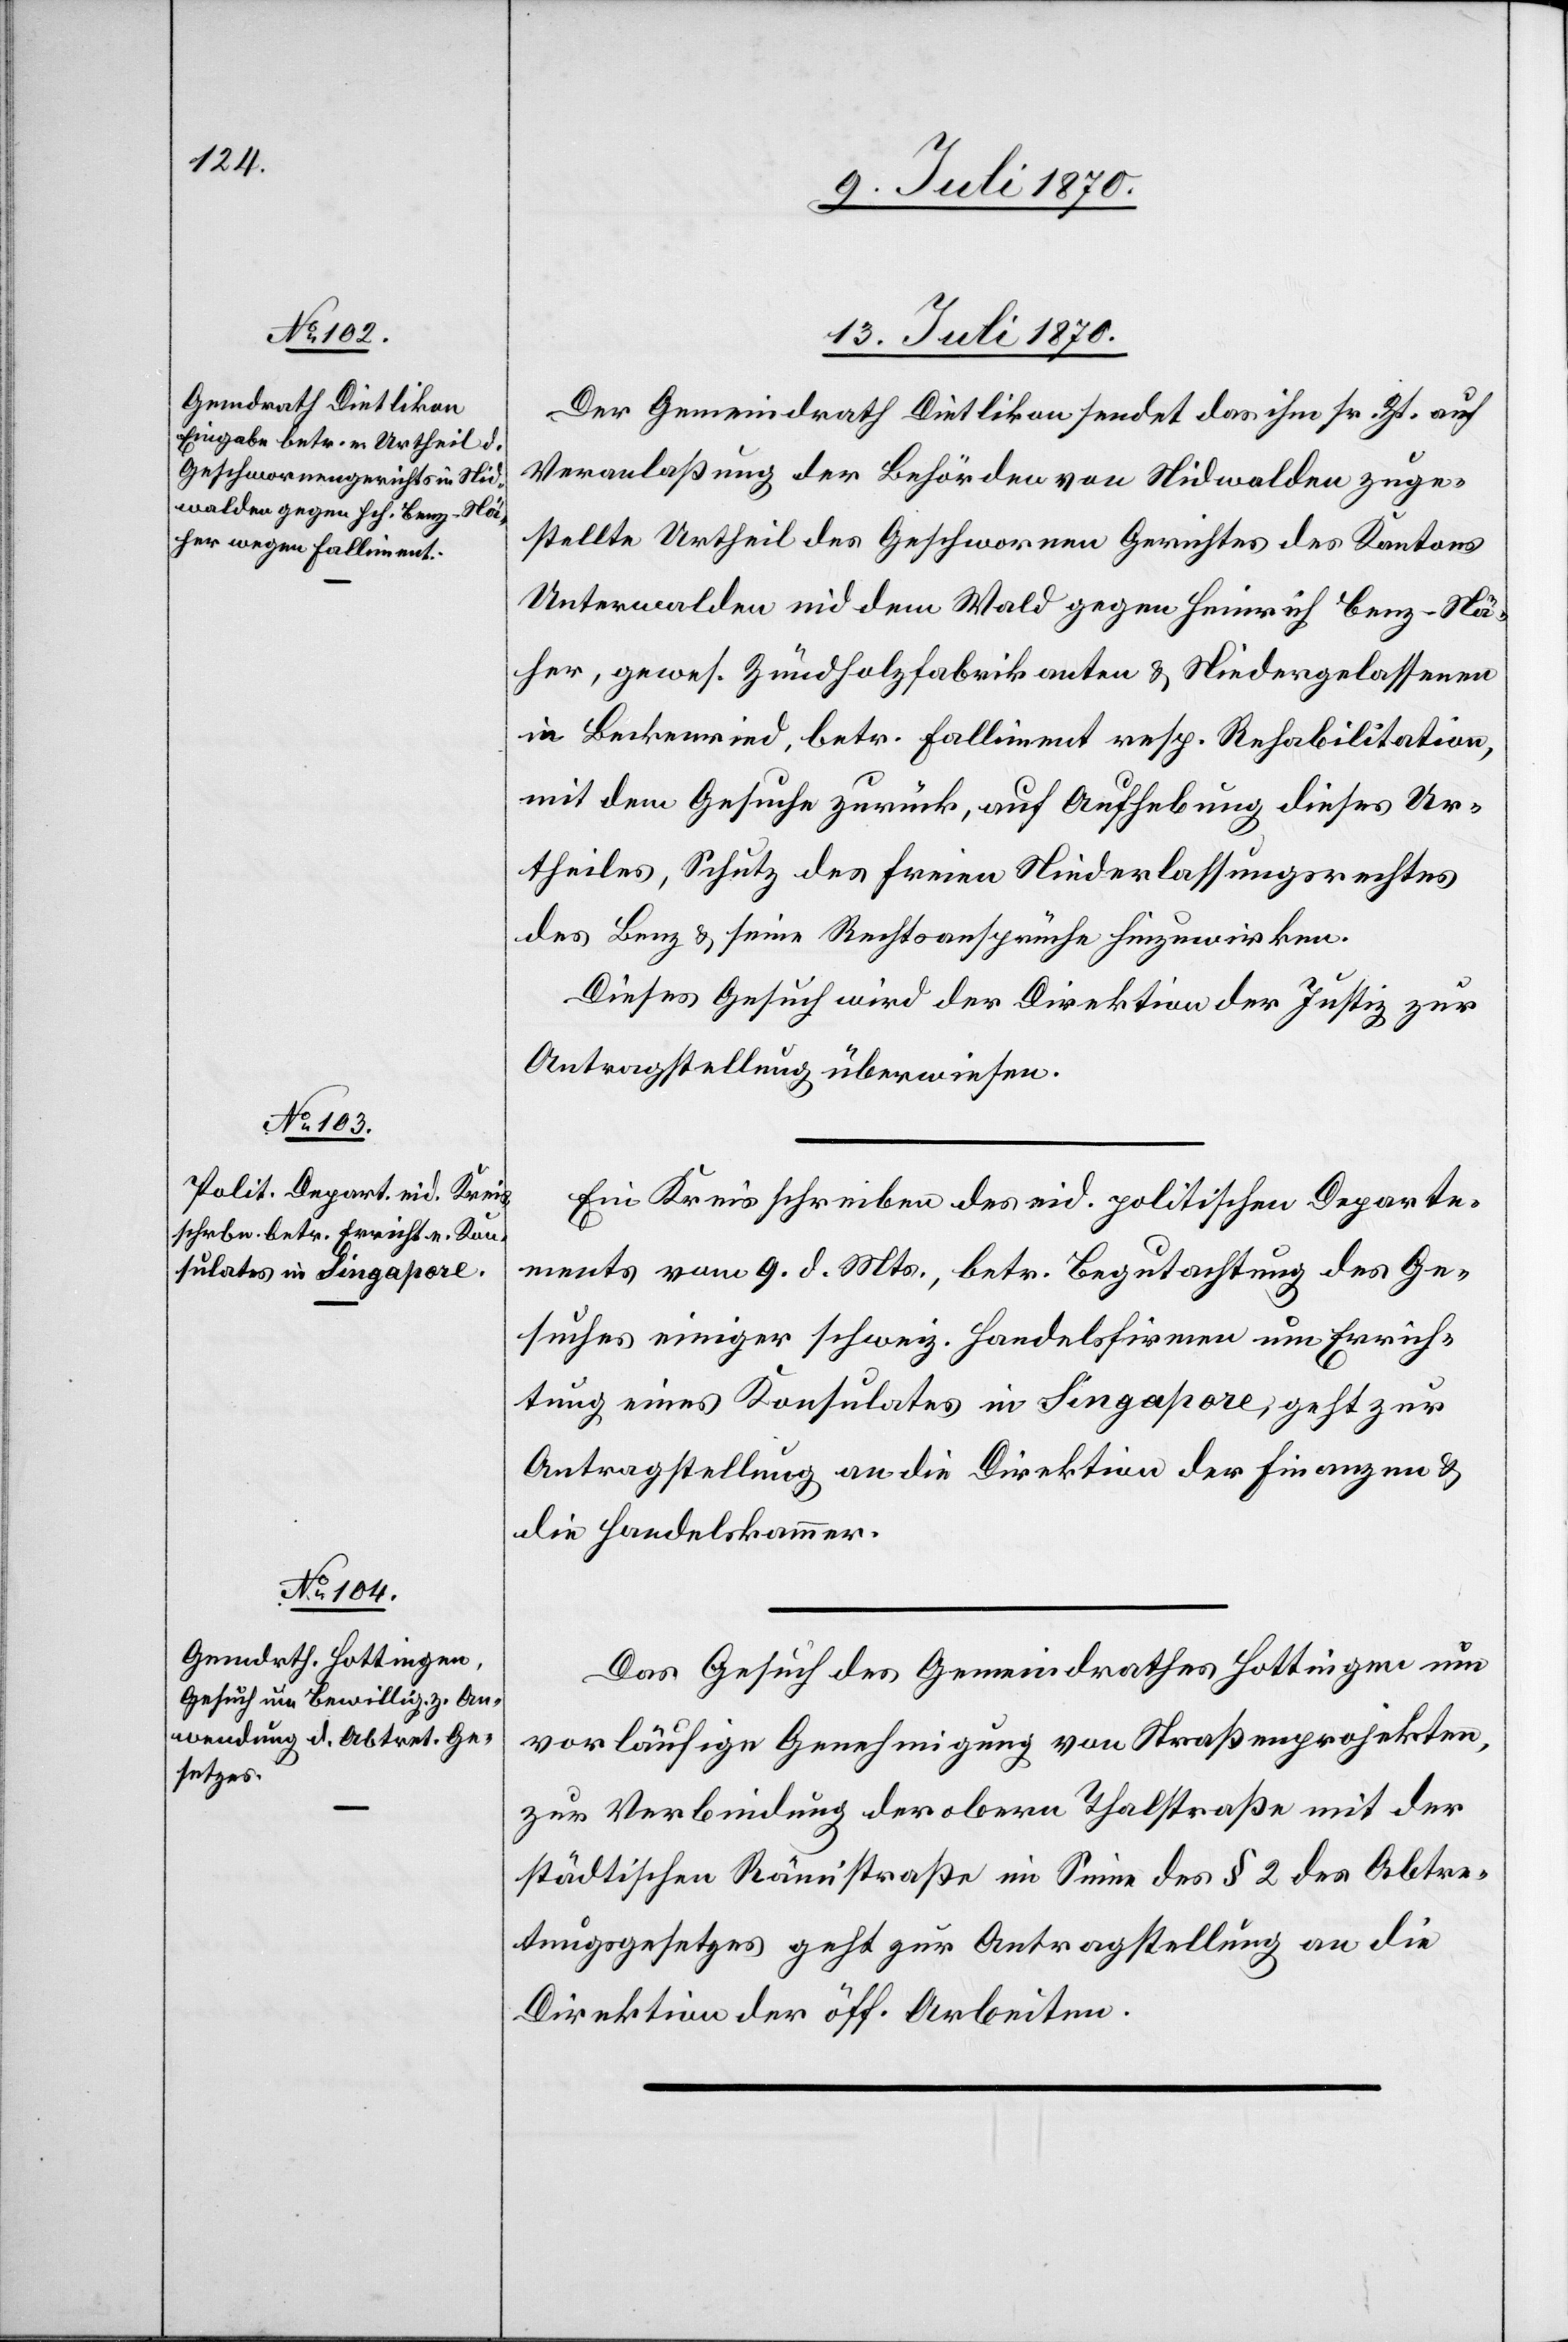
13. Juli 1870.]
Der Gemeindrath Dietlikon sendet das ihm sr. Zt. auf
Veranlaßung der Behörden von Nidwalden zuge¬
stellte Urtheil des Geschwornen Gerichtes des Kantons
Unterwalden nid dem Wald gegen Heinrich Benz-Nä¬
her, gewes. Zündholzfabrikanten & Niedergelassenen
in Beckenried, betr. Falliment resp. Rehabilitation,
mit dem Gesuche zurück, auf Aufhebung dieses Ur¬
theiles, Schutz des freien Niederlassungsrechtes
des Benz & seine Rechtsansprüche hinzuwirken.
Dieses Gesuch wird der Direktion der Justiz zur
Antragstellung überwiesen.
Ein Kreisschreiben des eid. politischen Departe¬
ments vom 9. d Mts., betr. Begutachtung des Ge¬
suches einiger schweizer. Handelsfirmen um Errich¬
tung eines Konsulates in Singapore, geht zur
Antragstellung an die Direktion der Finanzen &
die Handelskammer.
Das Gesuch des Gemeindrathes Hottingen um
vorläufige Genehmigung von Straßenprojekten
zur Verbindung der obern Thalstraße mit der
städtischen Rämistraße im Sinne des § 2 des Abtre¬
tungsgesetzes geht zur Antragstellung an die
Direktion der öff. Arbeiten.